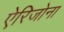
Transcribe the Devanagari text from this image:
ऐरिजोना